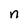
Character: n